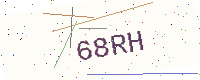
Text: 68RH